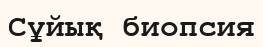
Сұйық биопсия